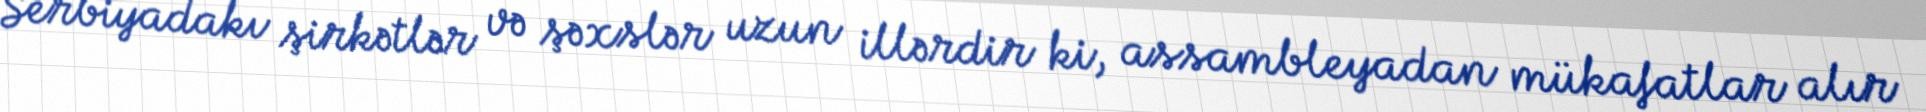
Serbiyadakı şirkətlər və şəxslər uzun illərdir ki, assambleyadan mükafatlar alır